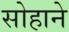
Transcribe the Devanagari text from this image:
सोहाने